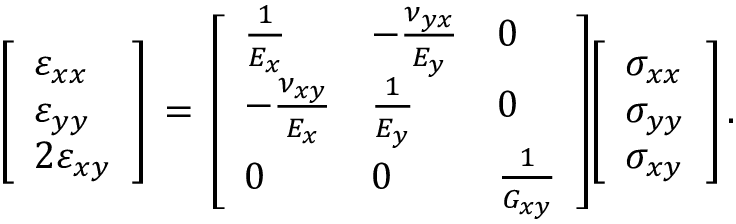
{ \left[ \begin{array} { l } { \varepsilon _ { x x } } \\ { \varepsilon _ { y y } } \\ { 2 \varepsilon _ { x y } } \end{array} \right] } \, = \, { \left[ \begin{array} { l l l } { { \frac { 1 } { E _ { x } } } } & { - { \frac { \nu _ { y x } } { E _ { y } } } } & { 0 } \\ { - { \frac { \nu _ { x y } } { E _ { x } } } } & { { \frac { 1 } { E _ { y } } } } & { 0 } \\ { 0 } & { 0 } & { { \frac { 1 } { G _ { x y } } } } \end{array} \right] } { \left[ \begin{array} { l } { \sigma _ { x x } } \\ { \sigma _ { y y } } \\ { \sigma _ { x y } } \end{array} \right] } \, .